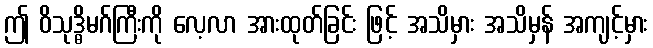
ဤ ဝိသုဒ္ဓိမဂ်ကြီးကို လေ့လာ အားထုတ်ခြင်း ဖြင့် အသိမှား အသိမှန် အကျင့်မှား